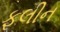
ફલીન